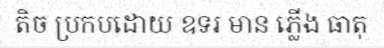
តិច ប្រកបដោយ ឧទរ មាន ភ្លើង ធាតុ